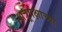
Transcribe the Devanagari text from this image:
शत्रूपक्षाच्या